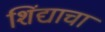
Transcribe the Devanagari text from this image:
शिंद्याचा